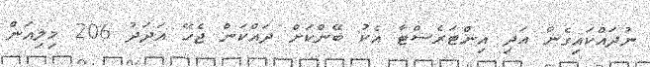
ނުދައްކައިގެން އަދި އިންޓަރެސްޓާ އެކު ބޭންކަށް ދައްކަން ޖެހޭ އަދަދު 206 މިލިއަން